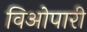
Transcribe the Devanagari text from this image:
विओपारी